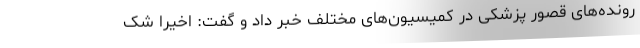
رونده‌های قصور پزشکی در کمیسیون‌های مختلف خبر داد و گفت: اخیرا شک